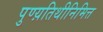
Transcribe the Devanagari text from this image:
पुण्य़तिथीनिमित्त